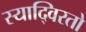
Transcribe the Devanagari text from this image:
स्याद्विरतो